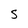
Character: S